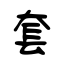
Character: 套